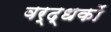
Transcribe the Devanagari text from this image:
वर्द्धकों